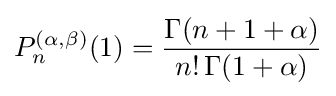
P_{n}^{(\alpha ,\beta )}(1)={\frac {\Gamma (n+1+\alpha )}{n!\,\Gamma (1+\alpha )}}